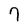
Character: 7